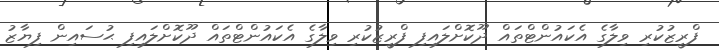
ފްރީޒުކުރި ވިލާގެ އެކައުންޓްތައް ދޫކޮށްލައިފި ފްރީޒުކުރި ވިލާގެ އެކައުންޓްތައް ދޫކޮށްލައިފި ޙުސައިން ފިޔާޒު